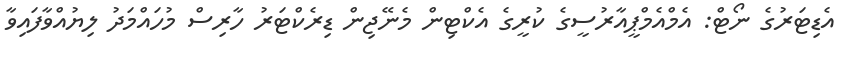
އެޑިޓަރުގެ ނޯޓް: އެމްއެމްޕީއާރުސީގެ ކުރީގެ އެކްޓިން މެނޭޖިން ޑިރެކްޓަރު ހާރިސް މުހައްމަދު ލިޔުއްވާފައިވާ